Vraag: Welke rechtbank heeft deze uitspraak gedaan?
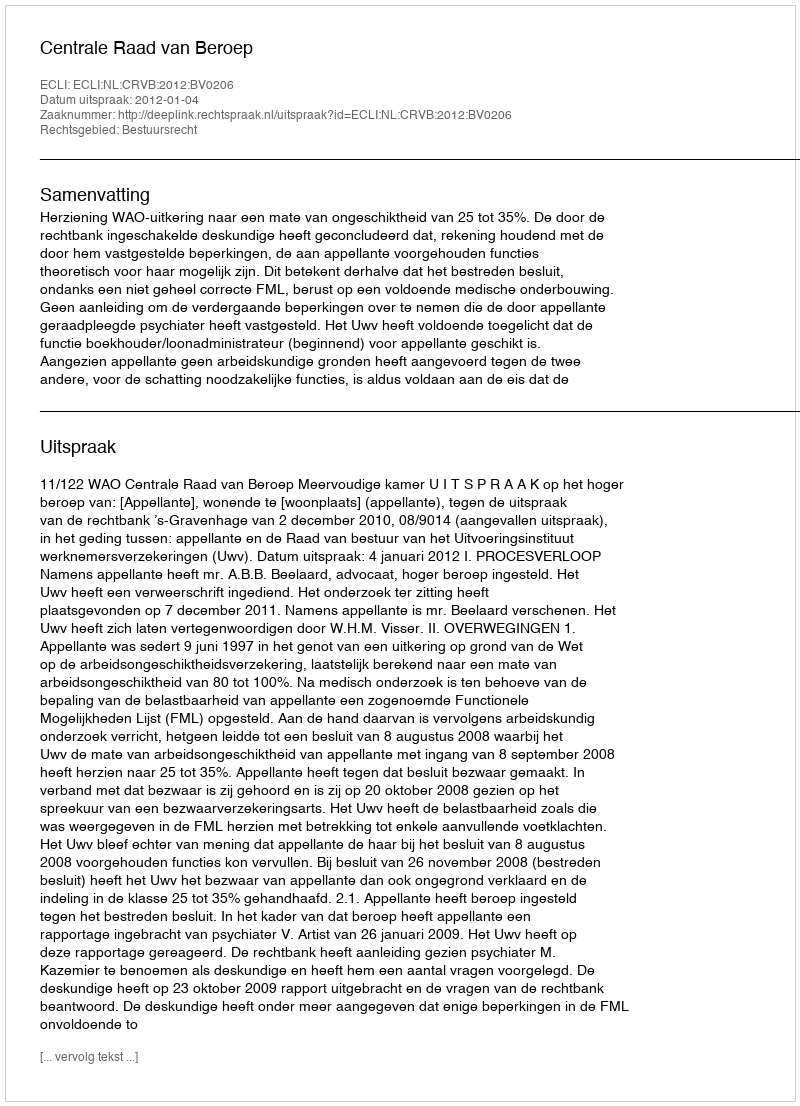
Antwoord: Centrale Raad van Beroep